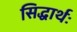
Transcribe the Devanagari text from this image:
सिद्धार्थः